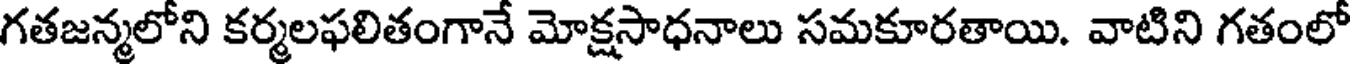
గతజన్మలోని కర్మలఫలితంగానే మోక్షసాధనాలు సమకూరతాయి. వాటిని గతంలో